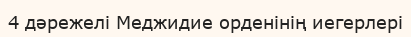
4 дәрежелі Меджидие орденінің иегерлері